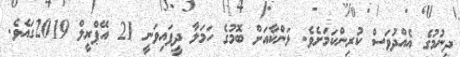
ދިނުމުގެ އެއްދުވަސް ކުރިންކަމަށެވެ. ލަންކާއަށް ބޮމުގެ ހަމަލާ ދީފައިވަނީ 21 އޭޕްރީލް 2019ގައެވެ.